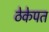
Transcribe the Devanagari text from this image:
ठेकेपत